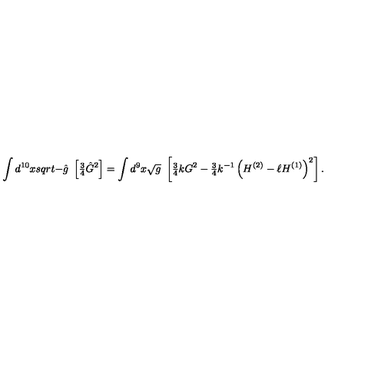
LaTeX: \int d ^ { 1 0 } x s q r t { - \hat { g } } \ \left[ { \textstyle \frac { 3 } { 4 } } \hat { G } ^ { 2 } \right] = \int d ^ { 9 } x \sqrt { g } \ \left[ { \textstyle \frac { 3 } { 4 } } k G ^ { 2 } - { \textstyle \frac { 3 } { 4 } } k ^ { - 1 } \left( H ^ { ( 2 ) } - \ell H ^ { ( 1 ) } \right) ^ { 2 } \right] .